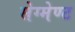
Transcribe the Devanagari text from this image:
सेग्मेण्ट